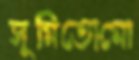
সুমিতোমো